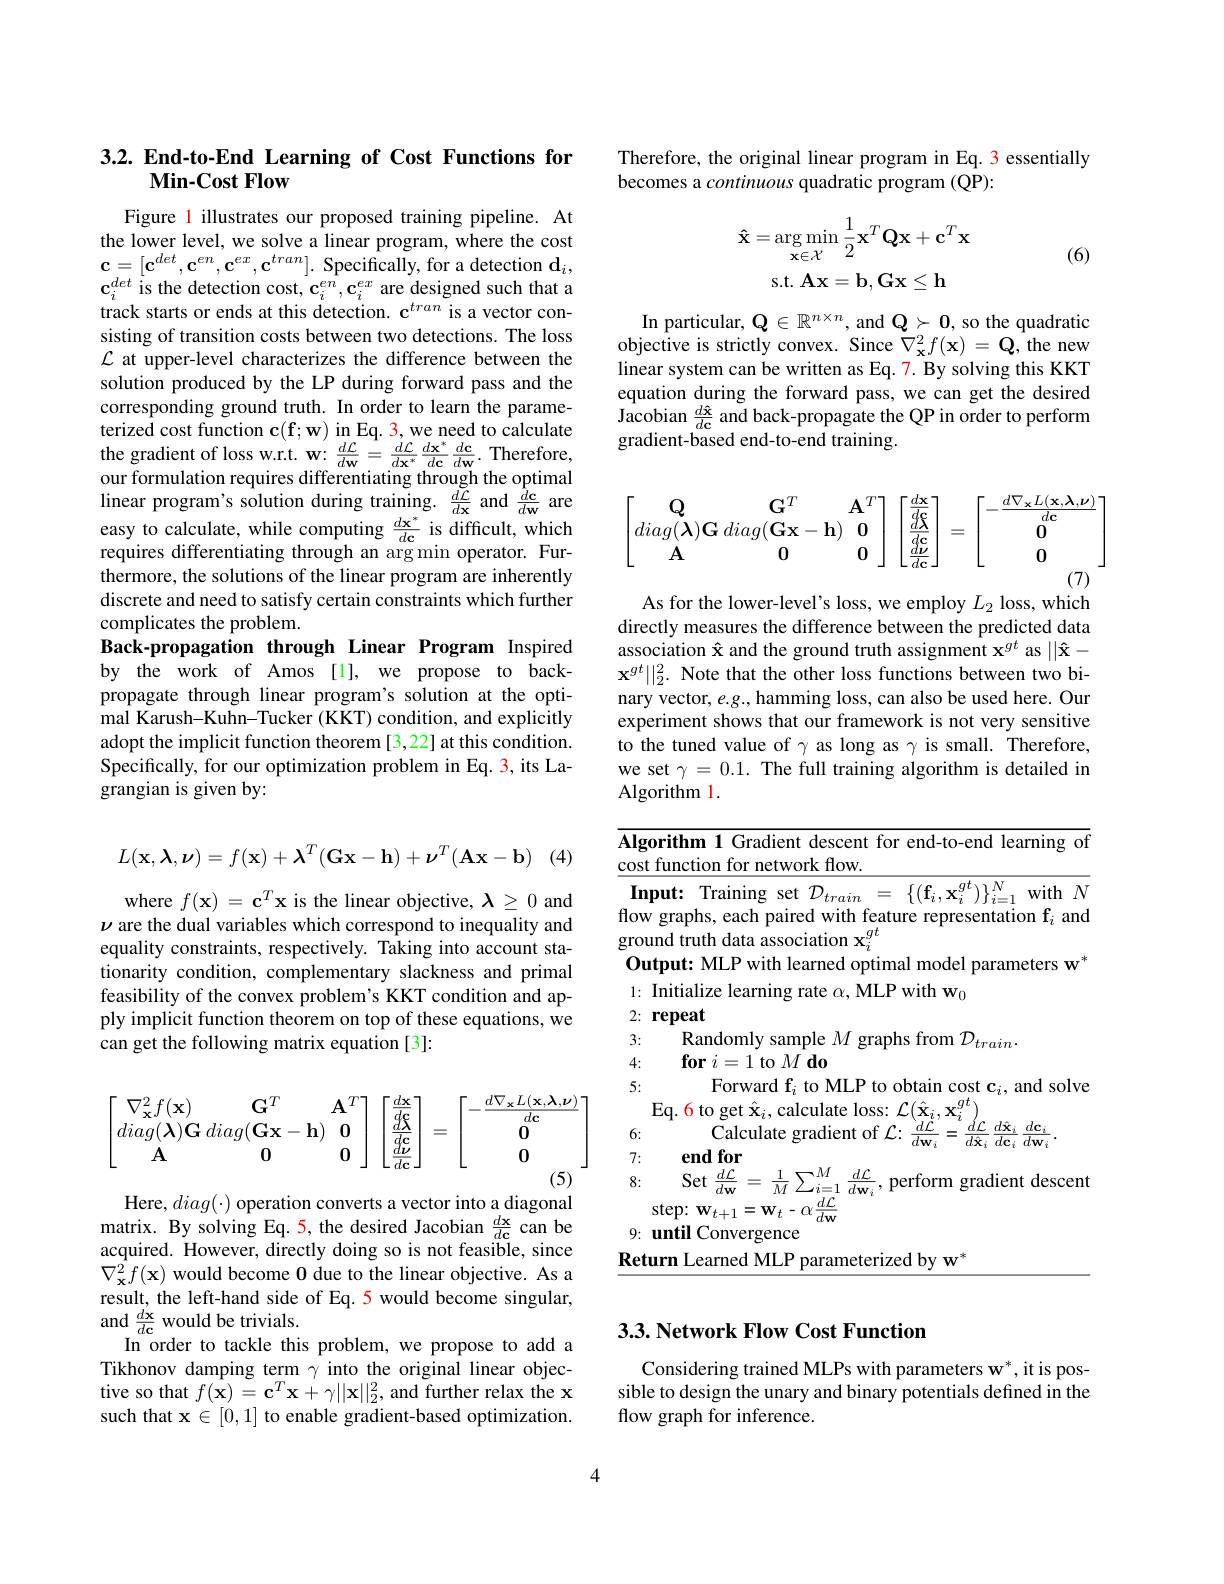
# 3.2. End-to-End Learning of Cost Functions for $\mathbf{Min-CostFlow}$

Figure l illustrates our proposed training pipeline. At the lower level, we solve a linear program, where the cost $\mathbf{c}=[\mathbf{c}^{det},\mathbf{c}^{en},\mathbf{c}^{ex},\mathbf{c}^{tran}].$ Specifically, for a detection $\mathbf{d}_i$, $\mathbf{c}_{i}^{det}$ is the detection cost, $\mathbf{c}_i^{en},\mathbf{c}_{i}^{ex}$ are designed such that a track starts or ends at this detection. c$^{tran}$ is a vector consisting of transition costs between two detections. The loss $\mathcal{L}$ at upper-level characterizes the difference between the solution produced by the LP during forward pass and the corresponding ground truth. In order to learn the parameterized cost function $\mathbf{c}(\mathbf{f};\mathbf{w})$ in Eq. 3,we need to calculate the gradient of loss w.r.t. w: $\frac{d\mathcal{L}}{d\mathbf{w}}=\frac{d\mathcal{L}}{d\mathbf{x}^{*}}\frac{d\mathbf{x}^{*}}{d\mathbf{c}}\frac{d\mathbf{c}}{d\mathbf{w}}.$ Therefore our formulation requires differentiating through the optimal linear program's solution during training. $\frac{d\tilde{\mathcal{L}}}{d\mathbf{x}}$ and $\frac{\dot{d}\mathbf{c}}{d\mathbf{w}}$ are easy to calculate, while computing $\frac{d\mathbf{x}^*}{d\mathbf{c}}$ is difficult, which requires differentiating through an arg min operator. Fur- $\hat{\text{thermore, the solutions of the linear program are inherently}}$ discrete and need to satisfy certain constraints which further complicates the problem.
Back-propagation through Linear Program Inspired by the work of Amos [1], we propose to backpropagate through linear program's solution at the optimal Karush-Kuhn-Tucker (KKT) condition, and explicitly adopt the implicit function theorem [3,22] at this condition. Specifically, for our optimization problem in Eq. 3, its Lagrangian is given by:
$$L(\mathbf{x},\boldsymbol{\lambda},\boldsymbol{\nu})=f(\mathbf{x})+\boldsymbol{\lambda}^T(\mathbf{G}\mathbf{x}-\mathbf{h})+\boldsymbol{\nu}^T(\mathbf{A}\mathbf{x}-\mathbf{b})$$
(4)

where $f(\mathbf{x})=\mathbf{c}^T\mathbf{x}$ is the linear objective, $\lambda\geq0$ and $\nu$ are the dual variables which correspond to inequality and equality constraints, respectively. Taking into account stationarity condition, complementary slackness and primal feasibility of the convex problem's KKT condition and apply implicit function theorem on top of these equations, we can get the following matrix equation [3]:
$$\begin{bmatrix}\nabla_\mathbf{x}^2f(\mathbf{x})&\mathbf{G}^T&\mathbf{A}^T\\diag(\boldsymbol{\lambda})\mathbf{G}\:diag(\mathbf{G}\mathbf{x}-\mathbf{h})&\mathbf{0}\\\mathbf{A}&\mathbf{0}&\mathbf{0}\end{bmatrix}\begin{bmatrix}\frac{d\mathbf{x}}{d\mathbf{c}}\\\frac{d\mathbf{\lambda}}{d\mathbf{c}}\\\frac{d\mathbf{\nu}}{d\mathbf{c}}\end{bmatrix}=\begin{bmatrix}-\frac{d\nabla_\mathbf{x}L(\mathbf{x},\boldsymbol{\lambda},\boldsymbol{\nu})}{d\mathbf{c}}\\\mathbf{0}\\\mathbf{0}\end{bmatrix}$$
Here, $diag(\cdot)$ operation converts a vector into a diagonal

matrix. By solving Eq. 5, the desired Jacobian $\frac{d\mathbf{x}}{d\mathbf{c}}$ can be acquired. However, directly doing so is not feasible, since $\nabla_{\mathbf{x}}^{\hat{2}}f(\mathbf{x})$ would become 0 due to the linear objective. As a result, the left-hand side of Eq. 5 would become singular, and $\frac{d\mathbf{x}}{d\mathbf{c}}$ would be trivials.
In order to tackle this problem, we propose to add a Tikhonov damping term $\gamma$ into the original linear objective so that $f(\mathbf{x})=\mathbf{c}^{T}\mathbf{x}+\gamma||\mathbf{x}||_{2}^{2}$, and further relax the x such that $\mathbf{x}\in[0,1]$ to enable gradient-based optimization

Therefore, the original linear program in Eq. 3 essentially
becomes a continuous quadratic program (QP):
$$\mathbf{\hat{x}}=\arg\min_{\mathbf{x}\in\mathcal{X}}\frac{1}{2}\mathbf{x}^{T}\mathbf{Q}\mathbf{x}+\mathbf{c}^{T}\mathbf{x}\\\mathrm{s.t.~}\mathbf{A}\mathbf{x}=\mathbf{b},\mathbf{G}\mathbf{x}\leq\mathbf{h}$$
(6)

In particular, $\mathbf{Q}\in\mathbb{R}^{n\times n}$, and $\mathbf{Q}\succ0$, so the quadratic objective is strictly convex. Since $\bar{\nabla}_{\mathbf{x}}^{2}f(\mathbf{x})=\mathbf{Q}$,the new linear system can be written as Eq. 7. By solving this KKT equation during the forward pass, we can get the desired Jacobian $\frac{d\hat{\mathbf{x}}}{d\mathbf{c}}$ and back-propagate the QP in order to perform gradient-based end-to-end training
$$\begin{bmatrix}\mathbf{Q}&\mathbf{G}^T&\mathbf{A}^T\\diag(\boldsymbol{\lambda})\mathbf{G}\:diag(\mathbf{G}\mathbf{x}-\mathbf{h})&\mathbf{0}\\\mathbf{A}&\mathbf{0}&\mathbf{0}\end{bmatrix}\begin{bmatrix}\frac{d\mathbf{x}}{d\mathbf{c}}\\\frac{d\boldsymbol{\lambda}}{d\mathbf{c}}\\\frac{d\boldsymbol{\nu}}{d\mathbf{c}}\end{bmatrix}=\begin{bmatrix}-\frac{d\nabla_\mathbf{x}L(\mathbf{x},\boldsymbol{\lambda},\boldsymbol{\nu})}{d\mathbf{c}}\\\mathbf{0}\\\mathbf{0}\end{bmatrix}\\(7)$$
As for the lower-level's loss, we employ $L_2$ loss, which

directly measures the difference between the predicted data association $\hat{\mathbf{x}}$ and the ground truth assignment $\mathbf{x}^gt$ as $||\hat{\mathbf{x}}-$ $\mathbf{x}^{gt}||_{2}^{2}.$ Note that the other loss functions between two binary vector, $e.g.$,hamming loss, can also be used here. Our experiment shows that our framework is not very sensitive to the tuned value of $\gamma$ as long as $\gamma$ is small. Therefore, we set $\gamma=0.1.$ The full training algorithm is detailed in Algorithm 1.

<table>
	<tbody>
		<tr>
			<td>orithm 1 Gradient descent for end-to-end learning $\because0$ function for network flow.</td>
		</tr>
	</tbody>
</table>

## $3. 3. \textbf{Network Flow Cost Function}$

Considering trained MLPs with parameters w*, it is possible to design the unary and binary potentials defined in the flow graph for inference.

4